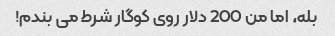
بله، اما من 200 دلار روی کوگار شرط می بندم!